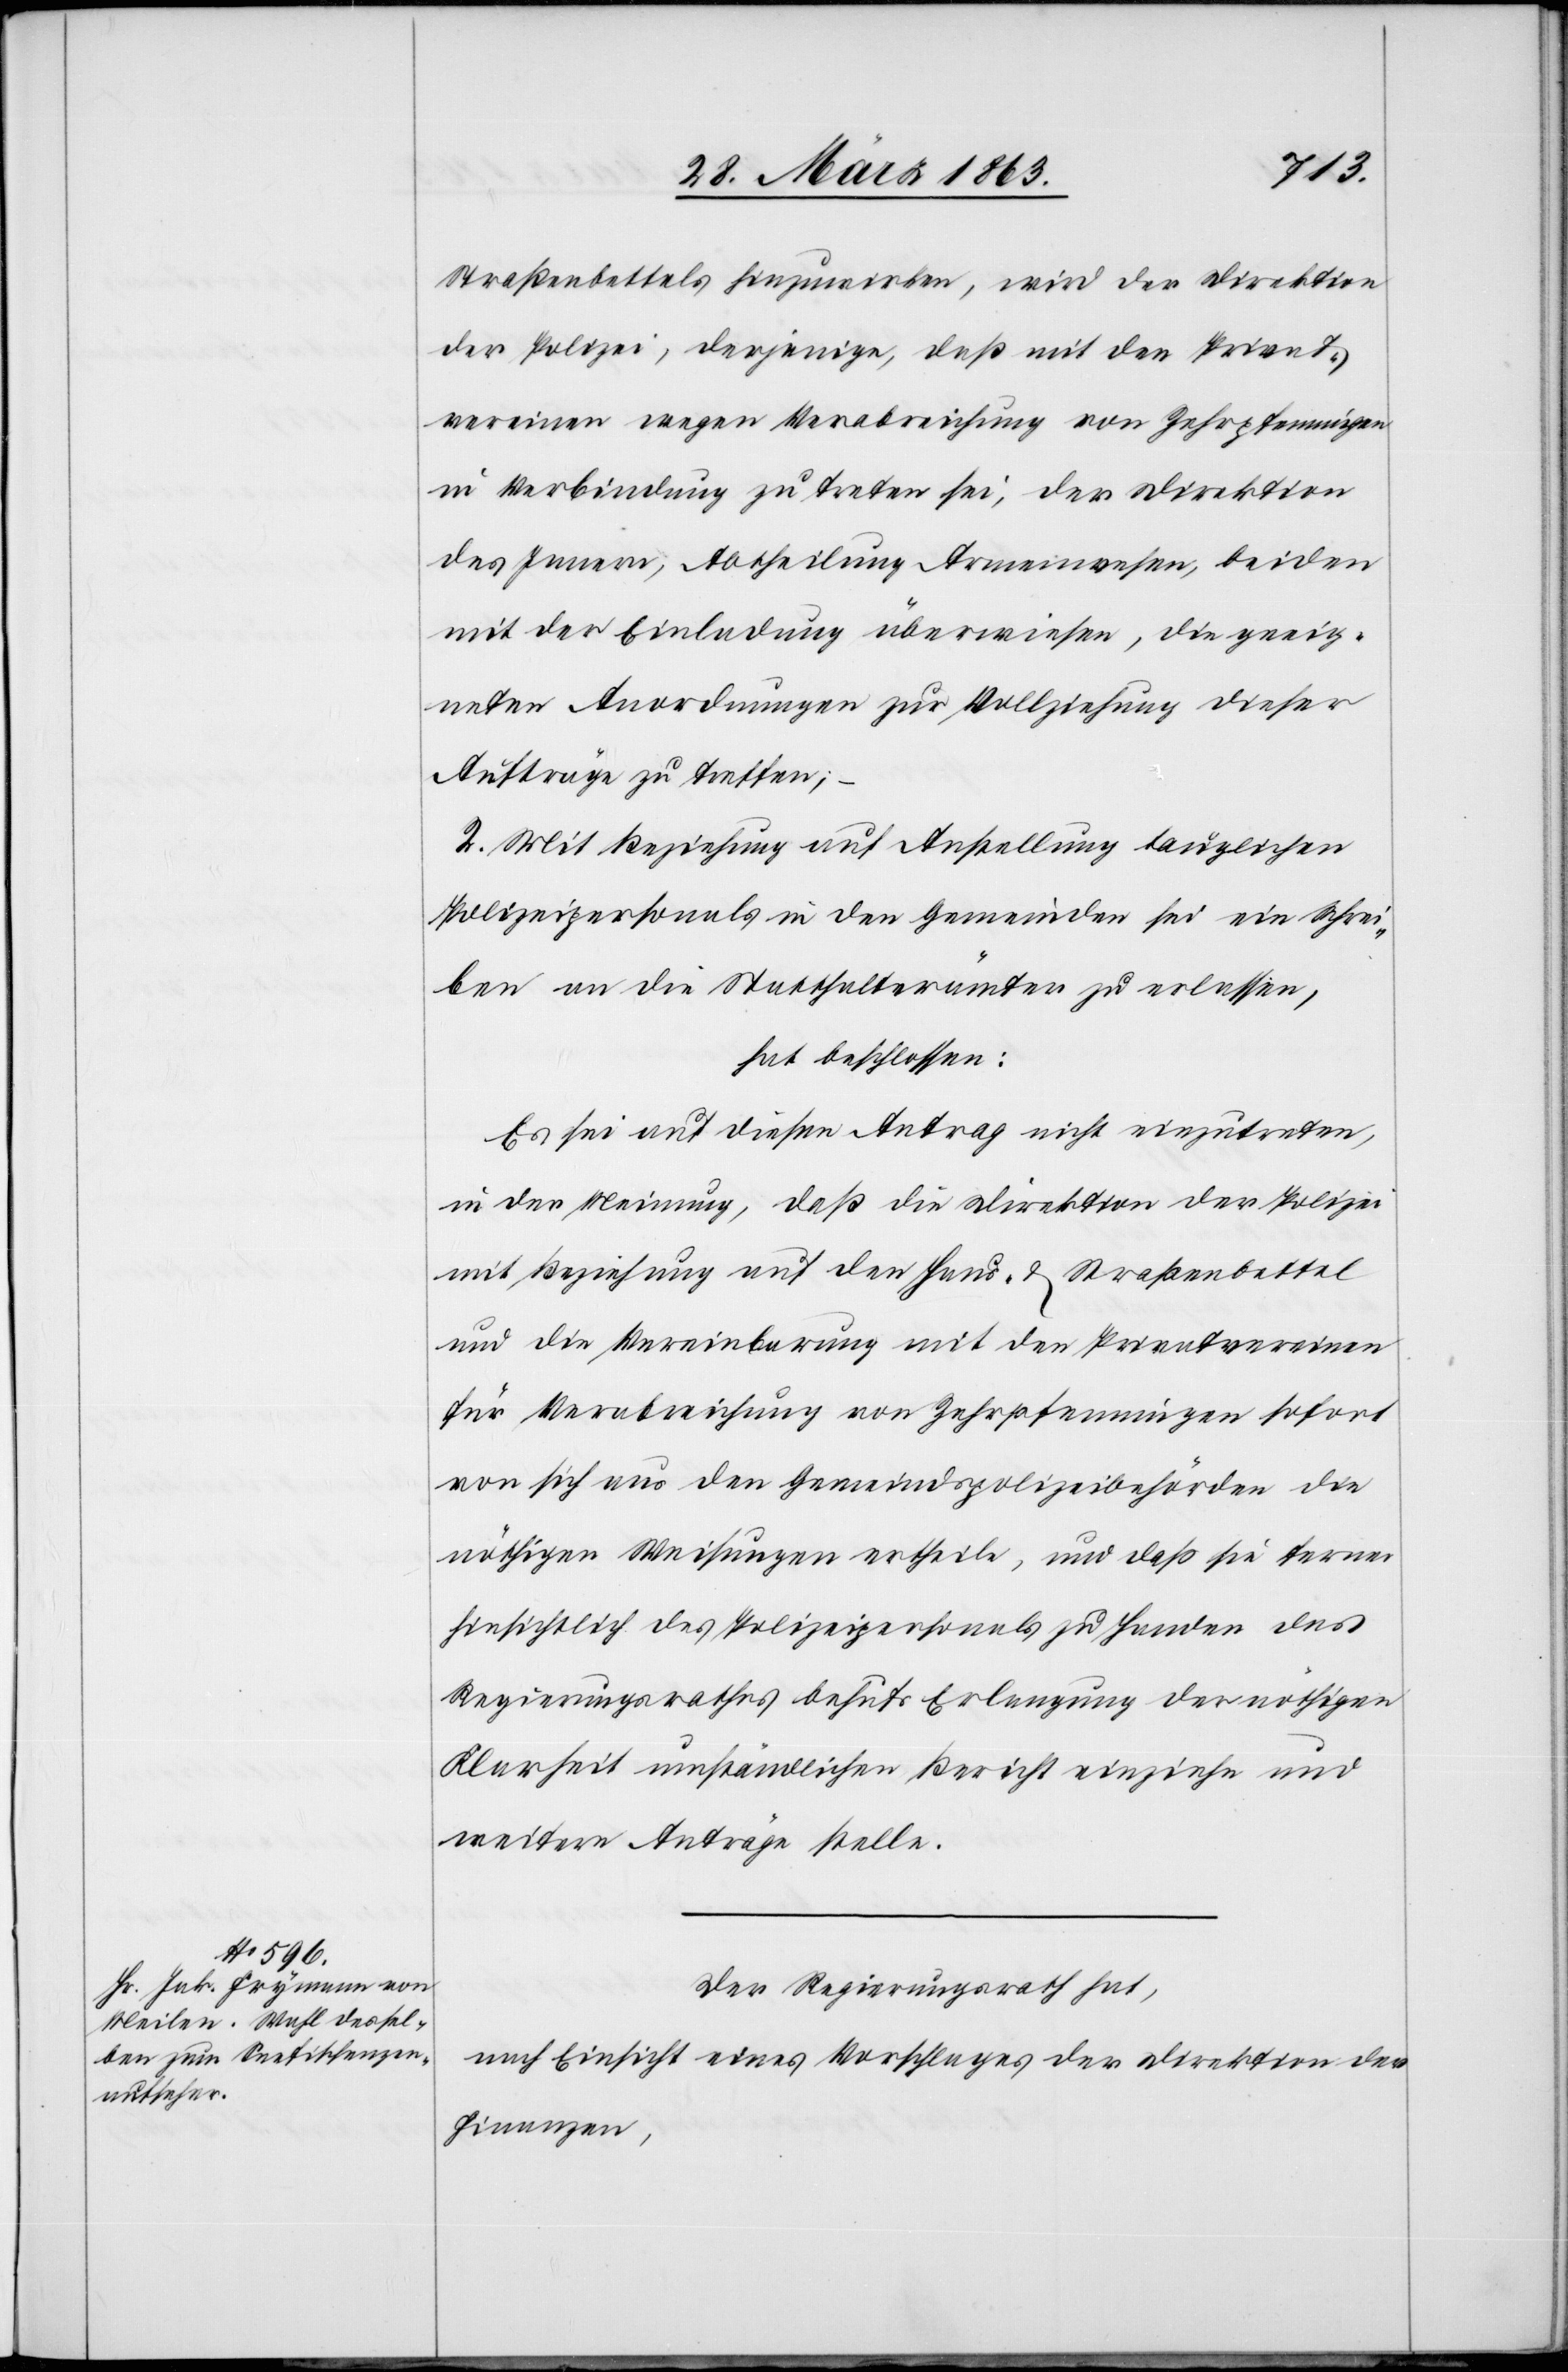
Straßenbettels hinzuwirken, wird der Direktion
der Polizei, derjenige, daß mit den Privat¬
vereinen wegen Verabreichung von Zehrpfenningen
in Verbindung zu treten sei, der Direktion
des Innern, Abtheilung Armenwesen, beiden
mit der Einladung überwiesen, die geeig¬
neten Anordnungen zur Vollziehung dieser
Aufträge zu treffen;
2. Mit Beziehung auf Anstellung tauglichen
Polizeipersonals in den Gemeinden sei ein Schrei¬
ben an die Statthalterämter zu erlassen,
hat beschlossen:
Es sei auf diesen Antrag nicht einzutreten,
in der Meinung, daß die Direktion der Polizei
mit Beziehung auf den Haus- & Straßenbettel
und die Vereinbarung mit den Privatvereinen
für Verabreichung von Zehrpfenningen sofort
von sich aus den Gemeindspolizeibehörden die
nöthigen Weisungen ertheile, und daß sie ferner
hinsichtlich des Polizeipersonals zu Handen des
Regierungsrathes behufs Erlangung der nöthigen
Klarheit umständlichen Bericht einziehe und
weitere Anträge stelle.
Der Regierungsrath hat,
nach Einsicht eines Antrages der Direktion der
Finanzen,